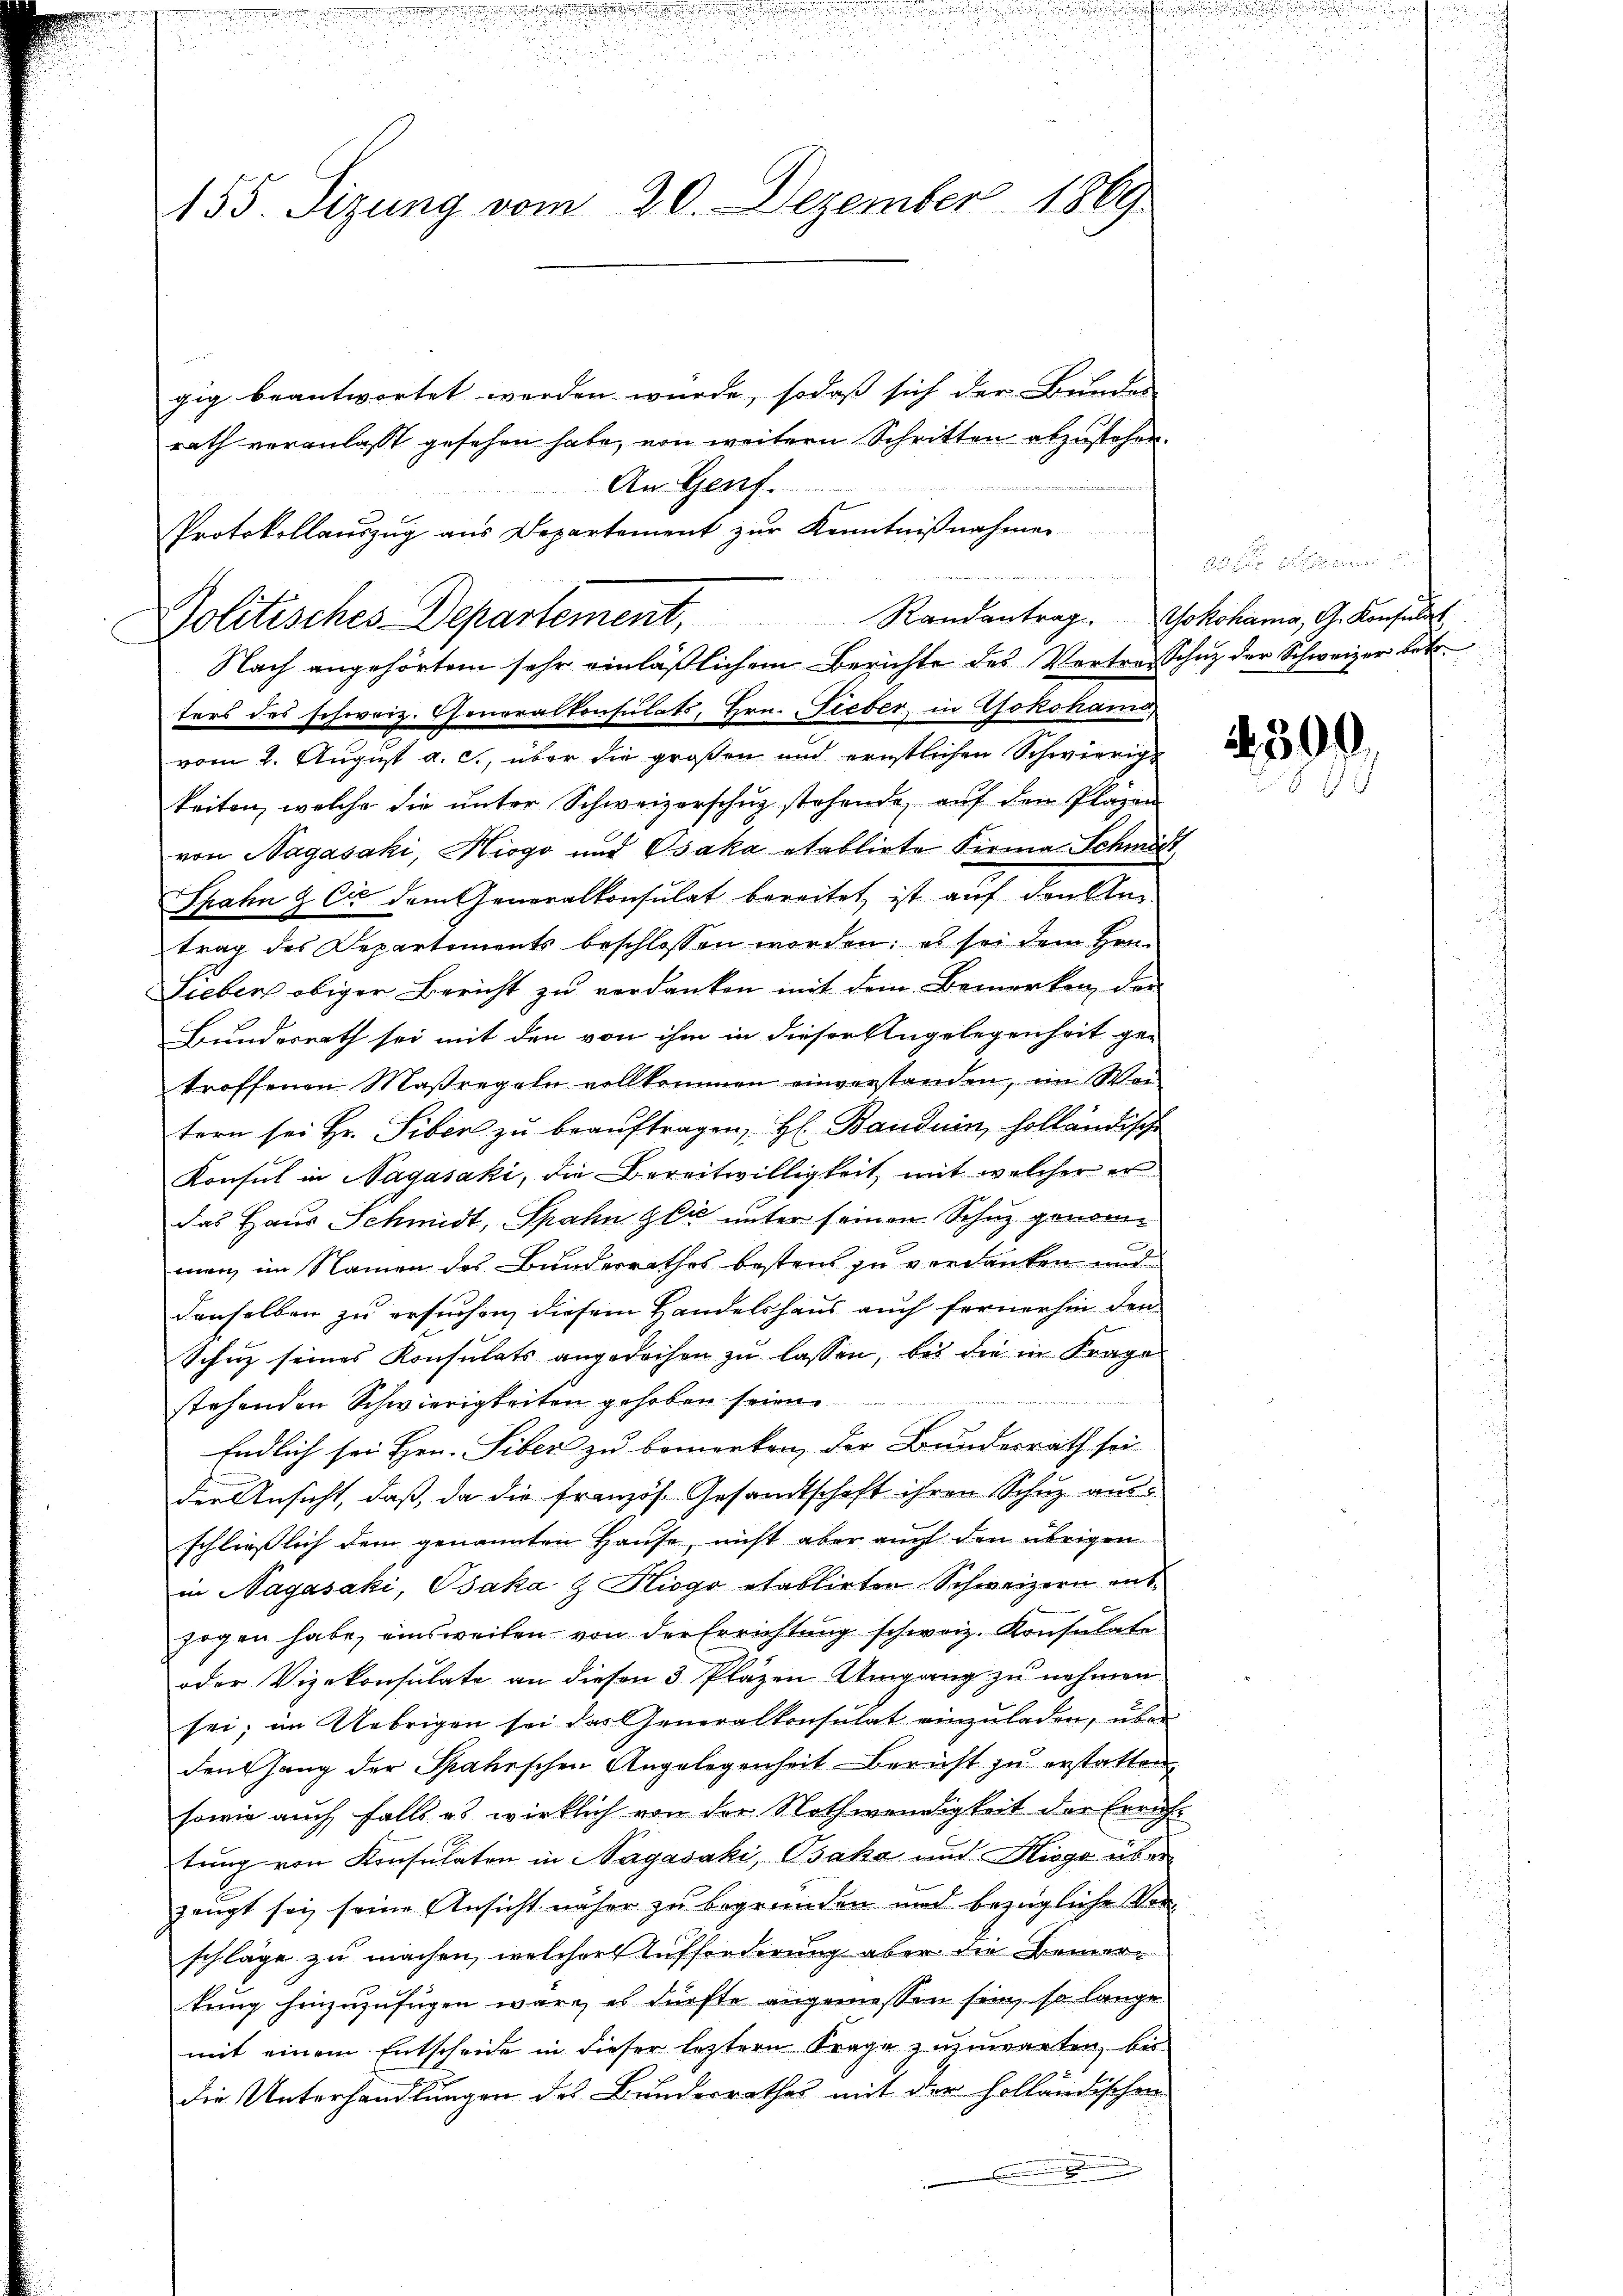
155. Sizung vom 20. Dezember 1869

gig beantwortet werden wurde, sodaß sich der Bundes
rath veranlaßt gesehen habe, von weitern Schritten abzustehen.
An Genf.
Protokollauszug aus Departement zŭr Kenntniβnahmen

Politisches Departement, Randantrag Jokohama, G. Konsuet
C
Nach angehörtem sehr einläßlichem Berichte des Vertrag Schuz der Schweizer betr.

ters des schweiz. Generalkonsulats, Hrn. Fieber in Yokohams,
vom 2. August a. c., über die großen und ernstlichen Schwierig-
keiten, welche die ŭnter Schweizerschŭg stehende, auf den Plazen
von Nagasaki, Hiogo und Osaka etablirte Firma Schmäss
Spahn & Cie dem Generalkonsulat bereitet ist auf denkli
trag des Departements beschlossen worden; es sei dem Hrn.
Lieben obiger Bericht zu verdanken mit dem Bemerken der
Bundesrath sei mit den von ihm in dieser Angelegenheit ge-
troffenen Maßregeln vollkommen einverstanden, im Wei
tern sei Hr. Siber zŭ beaŭftragen, H. Bandnin, holländisch
Konsul in Nagasaki, die Bereitwilligkeit, mit welcher er
das Haus Schmidt, Spahn gli unter seinen Schuz genomman im Namen des Bunderrathes bestent zu verdanken und
denselben zu ersuchen, diesem Handelshaus auch fernerhin den
Schuz seines Konsulats angedachen zu lassen, bis die in Frage

stehenden Schwierigkeiten gehoben seien.
Endlich sei Hrn. Siben zu bemerken, der Bundesrath sei
der Ansicht, daß, da die französ. Gesandtschaft ihren Schuz aus
schließlich dem genannten Hause nicht aber auch den übrigen
in Nagasaki, Osaka & Kiogo etablirten Schweizern entzogen habe, einsweilen von der Errichtung schweiz. Konsulate
oder Vizekonsulate an diesen 3 Pläzen Umgang zu nehmen
sei; im Uebrigen sei das Generalkonsulat einzŭladen, über
denhang der Spahrschen Angelegenheit. Bericht zu erstatten,
sowie auch falls es wirklich von der Nothwendigkeit der Errichtung von Konsulaten in Nagasaki, Bsaka und Kiogo aber
zeugt sei, seine Ansicht näher zu begründen und bezügliche Vorschläge zu machen, welcher Aufforderung aber die Bemertung hinzuzufügen wäre, es dürfte angemessen sein, so lange
mit einem Entscheide in dieser lezteren Frage zuzuwarten, bis
die Unterhandlungen des Bundesrathes mit der holländischen
.

e

2300.